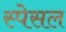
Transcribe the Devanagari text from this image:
स्पेसल